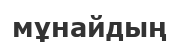
мұнайдың